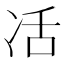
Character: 㓉